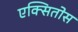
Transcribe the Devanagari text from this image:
एक्सितोस